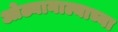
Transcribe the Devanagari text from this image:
ओढ्यानाल्याच्या